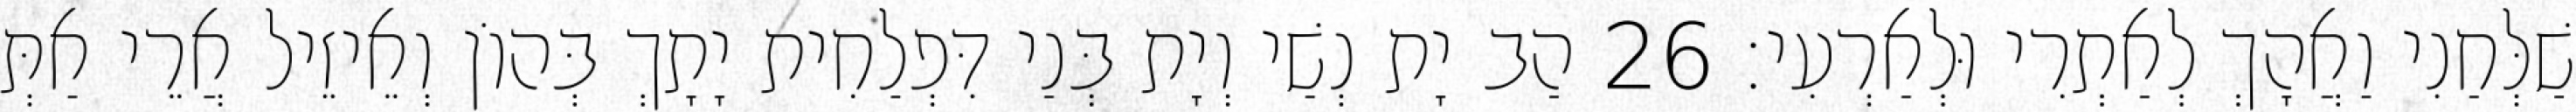
שַׁלְּחַנִי וַאֲהָךְ לְאַתְרִי וּלְאַרְעִי׃ 26 הַב יָת נְשַׁי וְיָת בְּנַי דִּפְלַחִית יָתָךְ בְּהוֹן וְאֵיזֵיל אֲרֵי אַתְּ